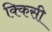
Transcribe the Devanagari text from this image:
क्किसी